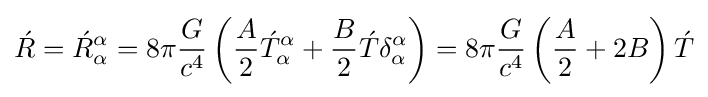
{\acute {R}}={\acute {R}}_{\alpha }^{\alpha }=8\pi {G \over {c^{4}}}\left({A \over 2}{\acute {T}}_{\alpha }^{\alpha }+{B \over 2}{\acute {T}}\delta _{\alpha }^{\alpha }\right)=8\pi {G \over {c^{4}}}\left({A \over 2}+2B\right){\acute {T}}